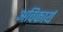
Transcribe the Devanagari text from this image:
अविकार्य